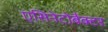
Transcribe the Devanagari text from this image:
एसिनेटोबैक्टर